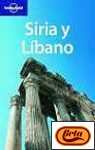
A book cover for Siria y Libano (Spanish) 1/E (Lonely Planet Syria & Lebanon) (Spanish Edition); Lonely Planet Publications; Travel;